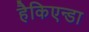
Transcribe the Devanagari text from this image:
हैकिएन्डा